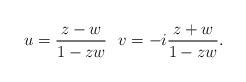
LaTeX: \begin{align*}u=\frac{z-w}{1-zw}\,\,\,\, v=-i\frac{z+w}{1-zw}.\end{align*}